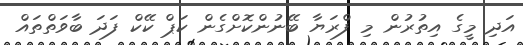
އަދި މީގެ އިތުރުން މި ފްރަޔާ ބޭނުންކޮށްގެން ކަޕް ކޭކް ފަދަ ބާވަތްތައް